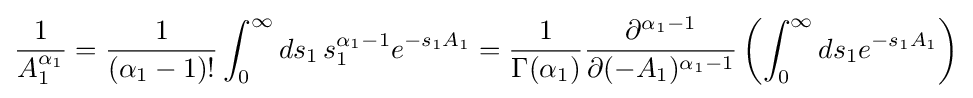
{\frac {1}{A_{1}^{\alpha _{1}}}}={\frac {1}{\left(\alpha _{1}-1\right)!}}\int _{0}^{\infty }ds_{1}\,s_{1}^{\alpha _{1}-1}e^{-s_{1}A_{1}}={\frac {1}{\Gamma (\alpha _{1})}}{\frac {\partial ^{\alpha _{1}-1}}{\partial (-A_{1})^{\alpha _{1}-1}}}\left(\int _{0}^{\infty }ds_{1}e^{-s_{1}A_{1}}\right)